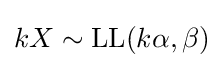
kX\sim \operatorname {LL} (k\alpha ,\beta )